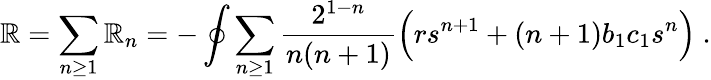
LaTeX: \mathbb{R}=\sum_{n\ge1}\mathbb{R}_{n}=-\oint\sum_{n\ge1}{\frac{{2^{1-n}}}{{n(n+1)}}}\Big(rs^{n+1}+(n+1)b_{1}c_{1}s^{n}\Big)\ .